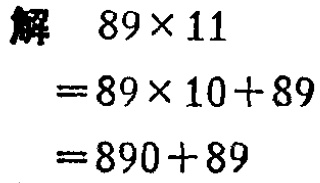
解 \(89\times11\)
\(=89\times10 + 89\)
\(=890+89\)